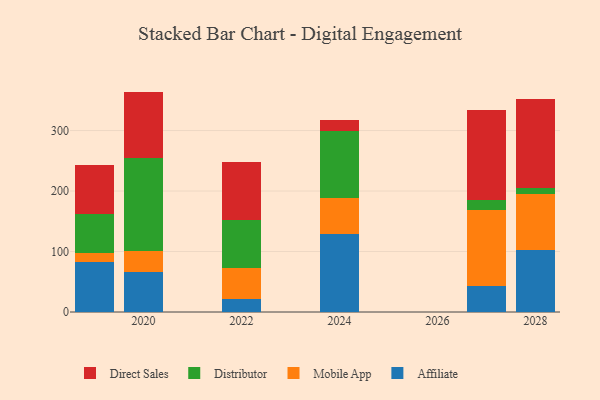
{"axis": {"x": "Year", "y": "Churn Rate (%)"}, "legend": ["Affiliate", "Direct Sales", "Distributor", "Mobile App"], "data": [{"x": "2022", "y": 21.9, "type": "Affiliate"}, {"x": "2022", "y": 50.9, "type": "Mobile App"}, {"x": "2022", "y": 79.3, "type": "Distributor"}, {"x": "2022", "y": 96.3, "type": "Direct Sales"}, {"x": "2020", "y": 66.5, "type": "Affiliate"}, {"x": "2020", "y": 34.4, "type": "Mobile App"}, {"x": "2020", "y": 152.9, "type": "Distributor"}, {"x": "2020", "y": 110.6, "type": "Direct Sales"}, {"x": "2024", "y": 129.7, "type": "Affiliate"}, {"x": "2024", "y": 59.1, "type": "Mobile App"}, {"x": "2024", "y": 111.2, "type": "Distributor"}, {"x": "2024", "y": 17.5, "type": "Direct Sales"}, {"x": "2019", "y": 82.5, "type": "Affiliate"}, {"x": "2019", "y": 15.5, "type": "Mobile App"}, {"x": "2019", "y": 64.7, "type": "Distributor"}, {"x": "2019", "y": 80.7, "type": "Direct Sales"}, {"x": "2027", "y": 42.2, "type": "Affiliate"}, {"x": "2027", "y": 125.8, "type": "Mobile App"}, {"x": "2027", "y": 17.1, "type": "Distributor"}, {"x": "2027", "y": 149.3, "type": "Direct Sales"}, {"x": "2028", "y": 102.3, "type": "Affiliate"}, {"x": "2028", "y": 92.6, "type": "Mobile App"}, {"x": "2028", "y": 10.9, "type": "Distributor"}, {"x": "2028", "y": 146.3, "type": "Direct Sales"}]}